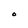
Character: O